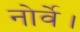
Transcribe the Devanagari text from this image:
नोर्वे।